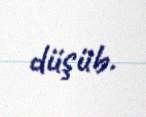
düşüb.